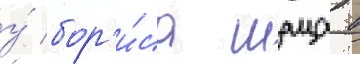
у́ бор'и́са шаца в